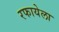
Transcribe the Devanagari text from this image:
रफायेला